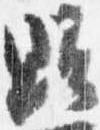
顕